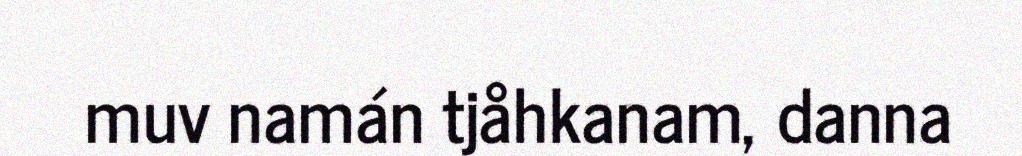
muv namán tjåhkanam, danna